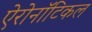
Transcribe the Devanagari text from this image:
ऐरोनॉटिकल